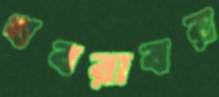
খবরাবর